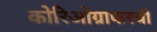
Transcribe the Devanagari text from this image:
कोरिओग्राफरची